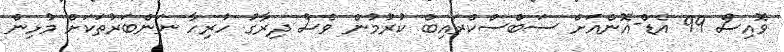
ވޮއިސް 99 އެޑް-އޮންއަށް ސަބްސްކްރައިބް ކުރުމުން ވެސް ދިރާގު ހުރިހާ ނަންބަރުތަކަށް މުޅިން